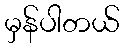
မှန်ပါတယ်